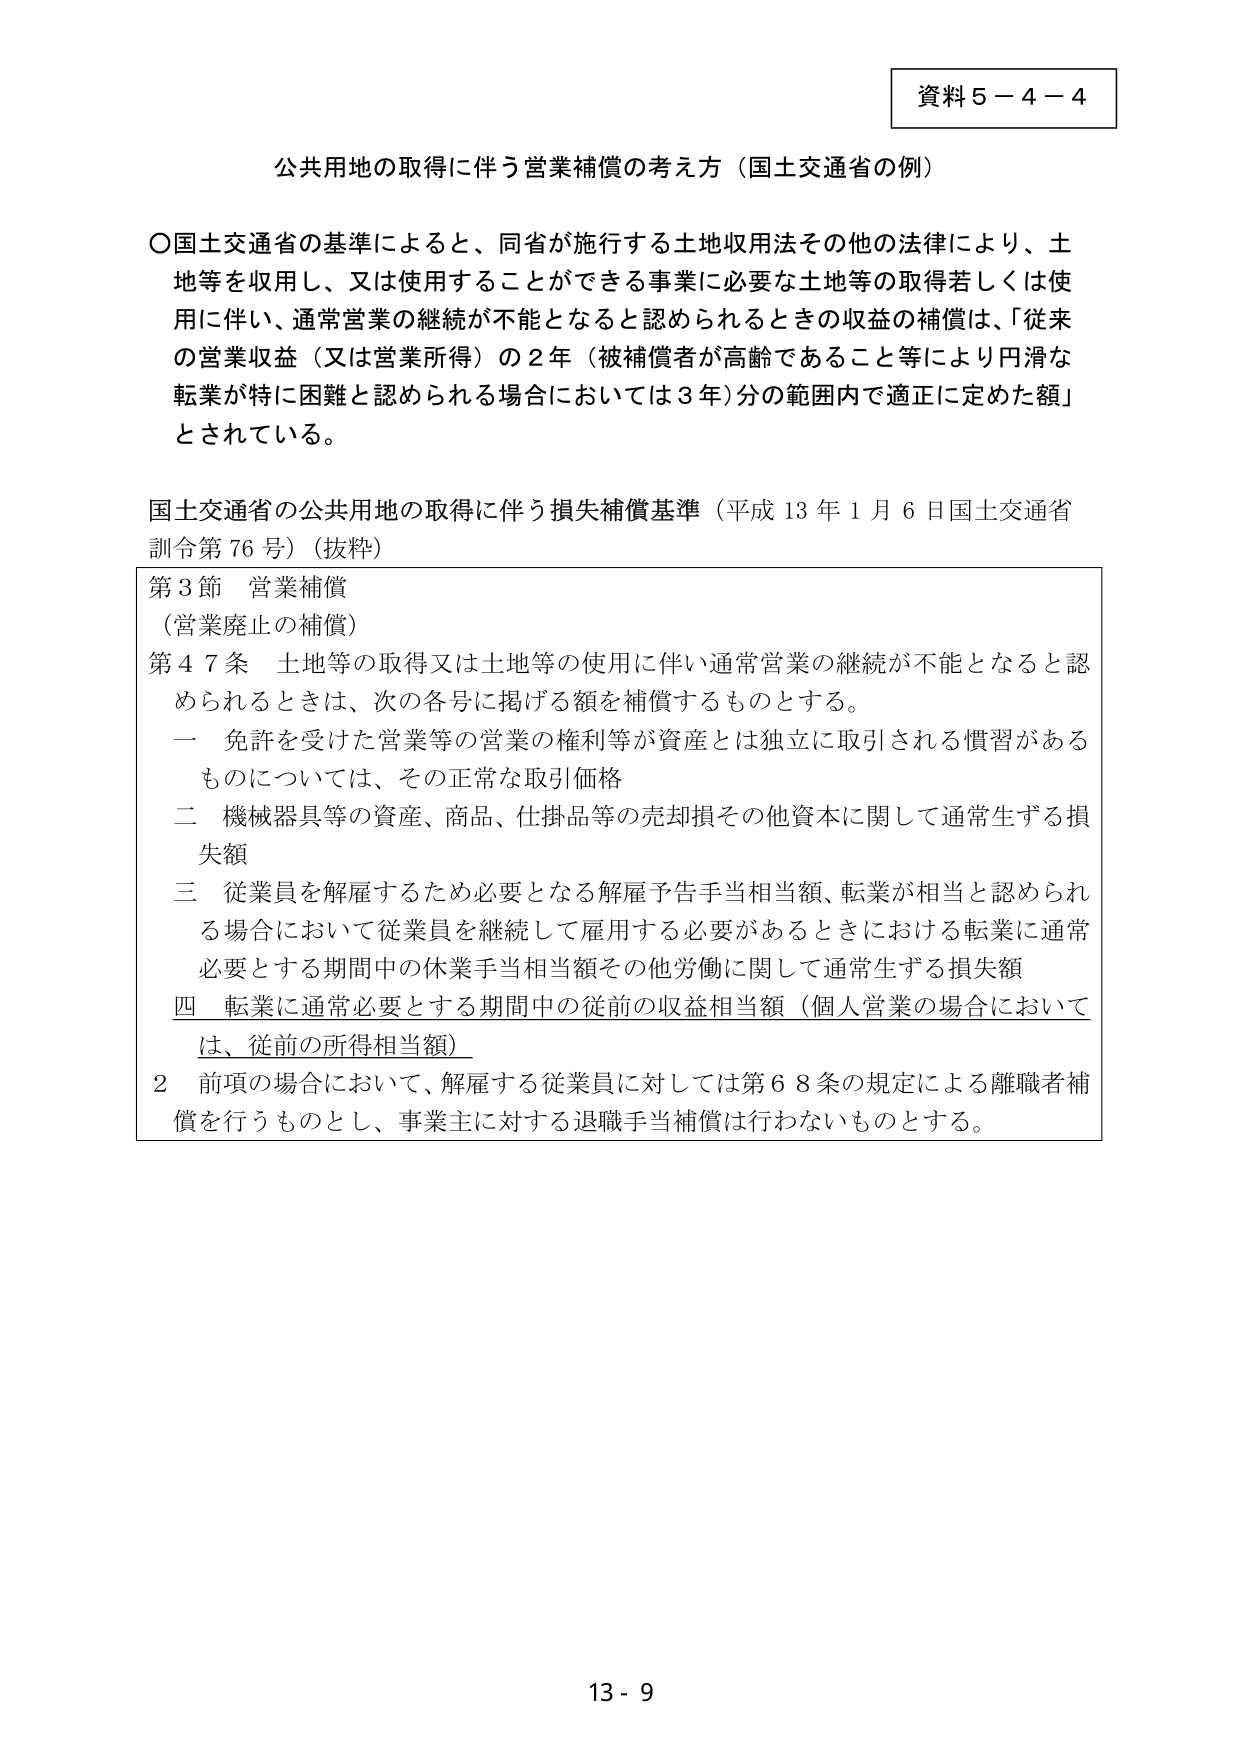
資料５－４－４

公共用地の取得に伴う営業補償の考え方（国土交通省の例）

○国土交通省の基準によると、同省が施行する土地収用法その他の法律により、土地等を収用し、又は使用することができる事業に必要な土地等の取得若しくは使用に伴い、通常営業の継続が不能となると認められるときの収益の補償は、「従来の営業収益（又は営業所得）の２年（被補償者が高齢であること等により円滑な転業が特に困難と認められる場合においては３年）分の範囲内で適正に定めた額」とされている。

国土交通省の公共用地の取得に伴う損失補償基準（平成13年1月6日国土交通省訓令第76号）（抜粋）

第3節 営業補償
（営業廃止の補償）
第47条 土地等の取得又は土地等の使用に伴い通常営業の継続が不能となると認められるときは、次の各号に掲げる額を補償するものとする。
一 免許を受けた営業等の営業の権利等が資産とは独立に取引される慣習があるものについては、その正常な取引価格
二 機械器具等の資産、商品、仕掛品等の売却損その他資本に関して通常生ずる損失額
三 従業員を解雇するため必要となる解雇予告手当相当額、転業が相当と認められる場合において従業員を継続して雇用する必要があるときにおける転業に通常必要とする期間中の休業手当相当額その他労働に関して通常生ずる損失額
四 転業に通常必要とする期間中の従前の収益相当額（個人営業の場合においては、従前の所得相当額）
2 前項の場合において、解雇する従業員に対しては第68条の規定による離職者補償を行うものとし、事業主に対する退職手当補償は行わないものとする。

13 - 9